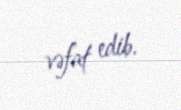
vəfat edib.